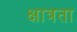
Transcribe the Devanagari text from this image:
क्षात्रता